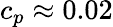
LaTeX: c_{p}\approx 0.02